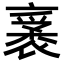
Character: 𧛙